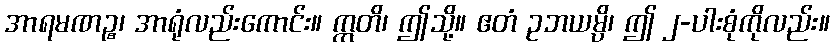
အာရမဏဉ္စ၊ အာရုံလည်းကောင်း။ ဣတိ၊ ဤသို့။ ဧတံ ဥဘယမ္ပိ၊ ဤ ၂-ပါးစုံကိုလည်း။